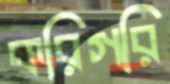
করিগরি